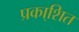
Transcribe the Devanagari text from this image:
प्रका्शित